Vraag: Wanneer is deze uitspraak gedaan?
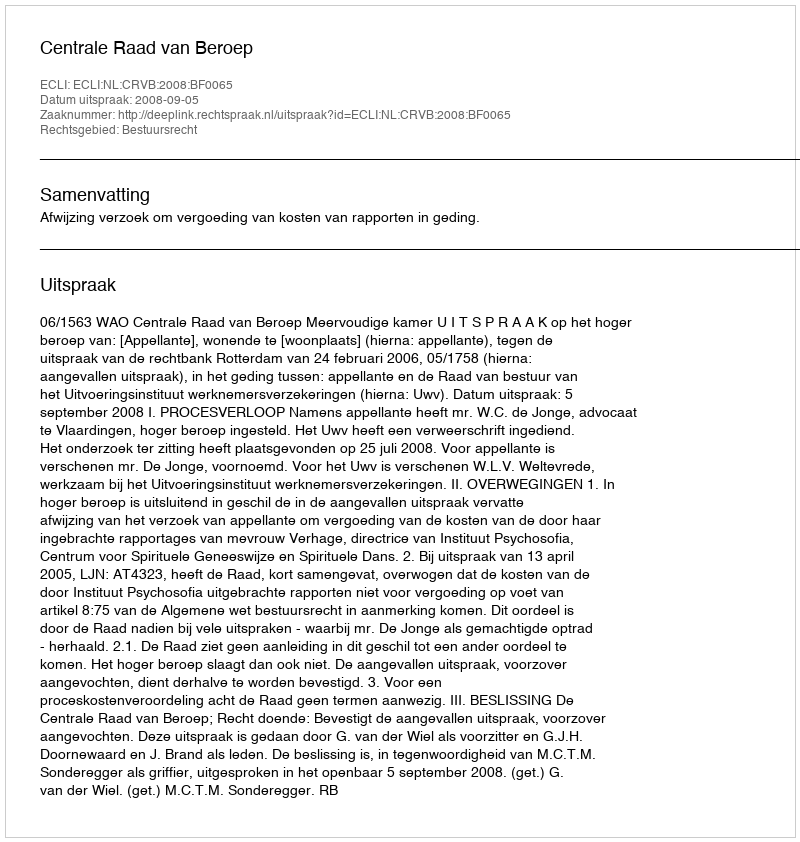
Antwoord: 2008-09-05